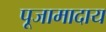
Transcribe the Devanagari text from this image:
पूजामादाय